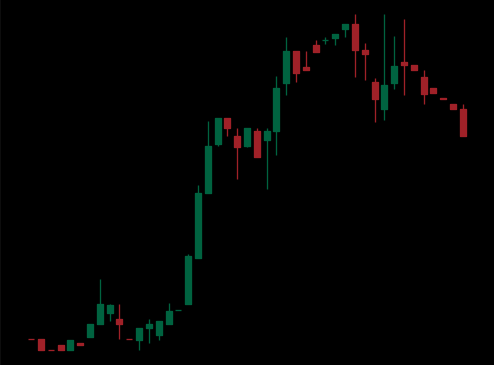
Pattern: bear_flag